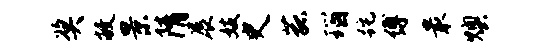
奖敝景隋展妓史菰瑙跎缚最燠